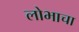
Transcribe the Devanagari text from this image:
लोभाचा